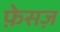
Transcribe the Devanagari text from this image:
फ़ेसज़